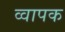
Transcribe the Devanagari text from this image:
व्वापक